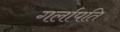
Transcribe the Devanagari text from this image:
गर्लापति